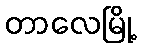
တာလေမြို့